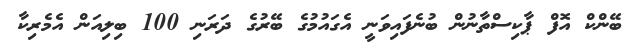
ބޭންކް އޮފް ޕާކިސްތާނުން ބުނެފައިވަނީ އެގައުމުގެ ބޭރުގެ ދަރަނި 100 ބިލިއަން އެމެރިކާ